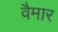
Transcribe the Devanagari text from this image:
वैमार